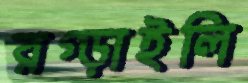
রগ্‌ড়াইলি